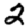
Digit: 2